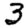
Digit: 3